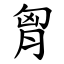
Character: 胷